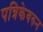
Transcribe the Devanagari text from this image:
पत्रिकेवरुन